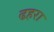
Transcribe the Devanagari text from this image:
ढहरा